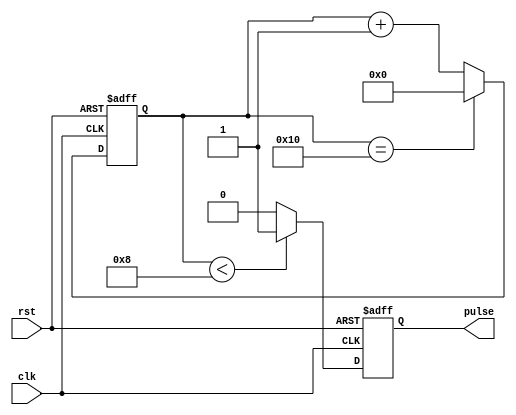
module DutyCyclePulseGenerator (
    input clk, //input clock signal
    input rst, //reset signal
    output reg pulse //output pulse signal
);

reg [15:0] count; //counter for duty cycle control
reg [7:0] duty_cycle = 8; //default duty cycle of 50% (adjustable)

always @(posedge clk or posedge rst) begin
    if (rst) begin
        count <= 0;
        pulse <= 0;
    end else begin
        if (count < duty_cycle) begin
            pulse <= 1;
        end else begin
            pulse <= 0;
        end
        
        count <= count + 1;
        if (count == 16) begin
            count <= 0;
        end
    end
end

endmodule